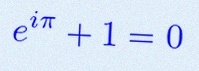
e^{i\pi}+1=0